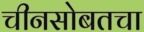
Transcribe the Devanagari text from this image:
चीनसोबतचा